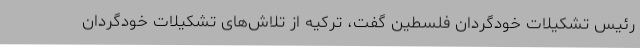
رئیس تشکیلات خودگردان فلسطین گفت، ترکیه از تلاش‌های تشکیلات خودگردان